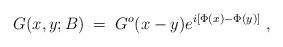
LaTeX: \begin{align*}G(x,y;B) \; = \; G^o(x-y) e^{i[\Phi(x) - \Phi(y)]} \; ,\end{align*}